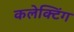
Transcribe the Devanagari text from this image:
कलेक्टिंग